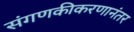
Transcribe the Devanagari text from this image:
संगणकीकरणानंतर